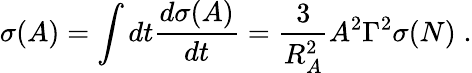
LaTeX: \sigma(A)=\int dt\frac{d\sigma(A)}{dt}=\frac{3}{R_{A}^{2}}A^{2}\Gamma^{2}\sigma(N)\; .